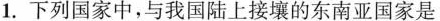
1.下列国家中，与我国陆上接壤的东南亚国家是